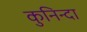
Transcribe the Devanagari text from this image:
कुनिन्दा